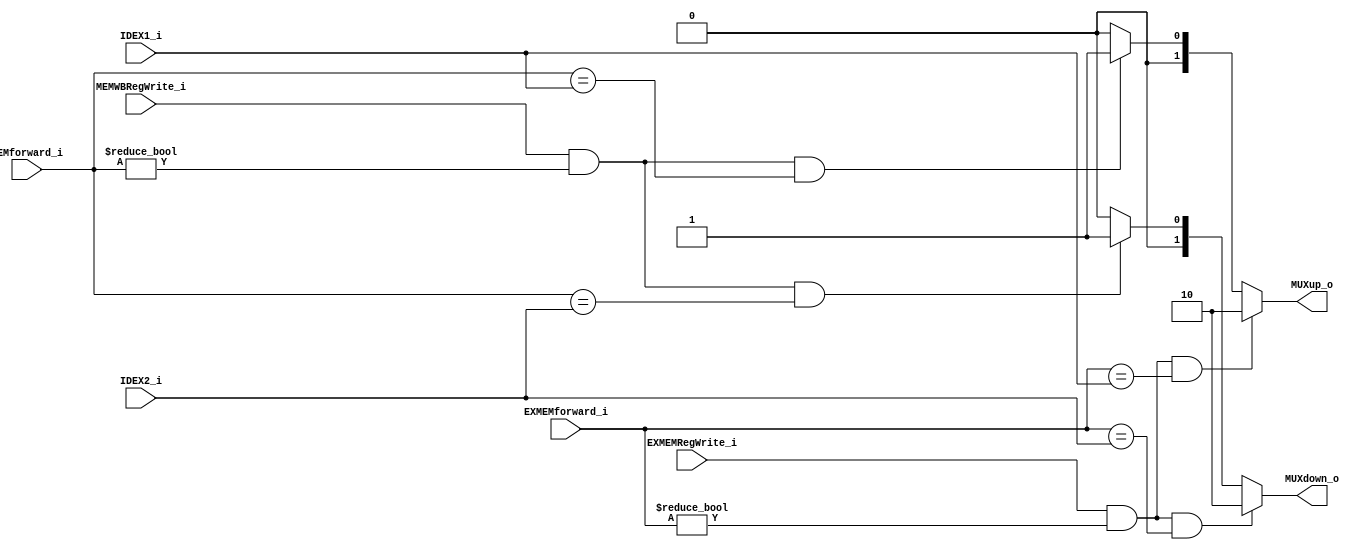
module Forwarding_Unit(
    MEMWBRegWrite_i, //the blue line
    EXMEMRegWrite_i, //the blue line
    MEMforward_i, //the blackline from MEMWB
    EXMEMforward_i, // theblack line from EXMEM
    IDEX1_i,
    IDEX2_i,
    MUXup_o,
    MUXdown_o
);
input [4:0] IDEX1_i,IDEX2_i,MEMforward_i, EXMEMforward_i;
input MEMWBRegWrite_i,EXMEMRegWrite_i;
output [1:0] MUXup_o,MUXdown_o;
reg [1:0] MUXup_o,MUXdown_o;
//MUXup for ForwardA, MUXdown for ForwardB

//ForwardA
    // always@(IDEX1_i or IDEX2_i or MEMforward_i or EXMEMforward_i or MEMWBRegWrite_i or EXMEMRegWrite_i)
    always @*
    begin
        if((EXMEMRegWrite_i) &&(EXMEMforward_i!=1'b0) &&(EXMEMforward_i == IDEX1_i) )
            MUXup_o <= 2'b10;
        else if((MEMWBRegWrite_i) && (MEMforward_i!=1'b0) &&(MEMforward_i == IDEX1_i))
            MUXup_o <= 2'b01;
        else
            MUXup_o <= 2'b00;
    // end
//ForwardB
    // always@(IDEX1_i or IDEX2_i or MEMforward_i or EXMEMforward_i or MEMWBRegWrite_i or EXMEMRegWrite_i)
    // begin
        if((EXMEMRegWrite_i) &&(EXMEMforward_i!=1'b0) &&(EXMEMforward_i == IDEX2_i) )
            MUXdown_o <= 2'b10;
        else if((MEMWBRegWrite_i) && (MEMforward_i!=1'b0) &&(MEMforward_i == IDEX2_i))
            MUXdown_o <= 2'b01;
        else
            MUXdown_o <= 2'b00;
    end
endmodule